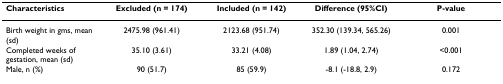
<table><thead><tr><td><b>Characteristics</b></td><td><b>Excluded (n = 174)</b></td><td><b>Included (n = 142)</b></td><td><b>Difference (95%CI)</b></td><td><b>P-value</b></td></tr></thead><tbody><tr><td>Birth weight in gms, mean (sd)</td><td>2475.98 (961.41)</td><td>2123.68 (951.74)</td><td>352.30 (139.34, 565.26)</td><td>0.001</td></tr><tr><td>Completed weeks of gestation, mean (sd)</td><td>35.10 (3.61)</td><td>33.21 (4.08)</td><td>1.89 (1.04, 2.74)</td><td>&lt;0.001</td></tr><tr><td>Male, n (%)</td><td>90 (51.7)</td><td>85 (59.9)</td><td>-8.1 (-18.8, 2.9)</td><td>0.172</td></tr></tbody></table>